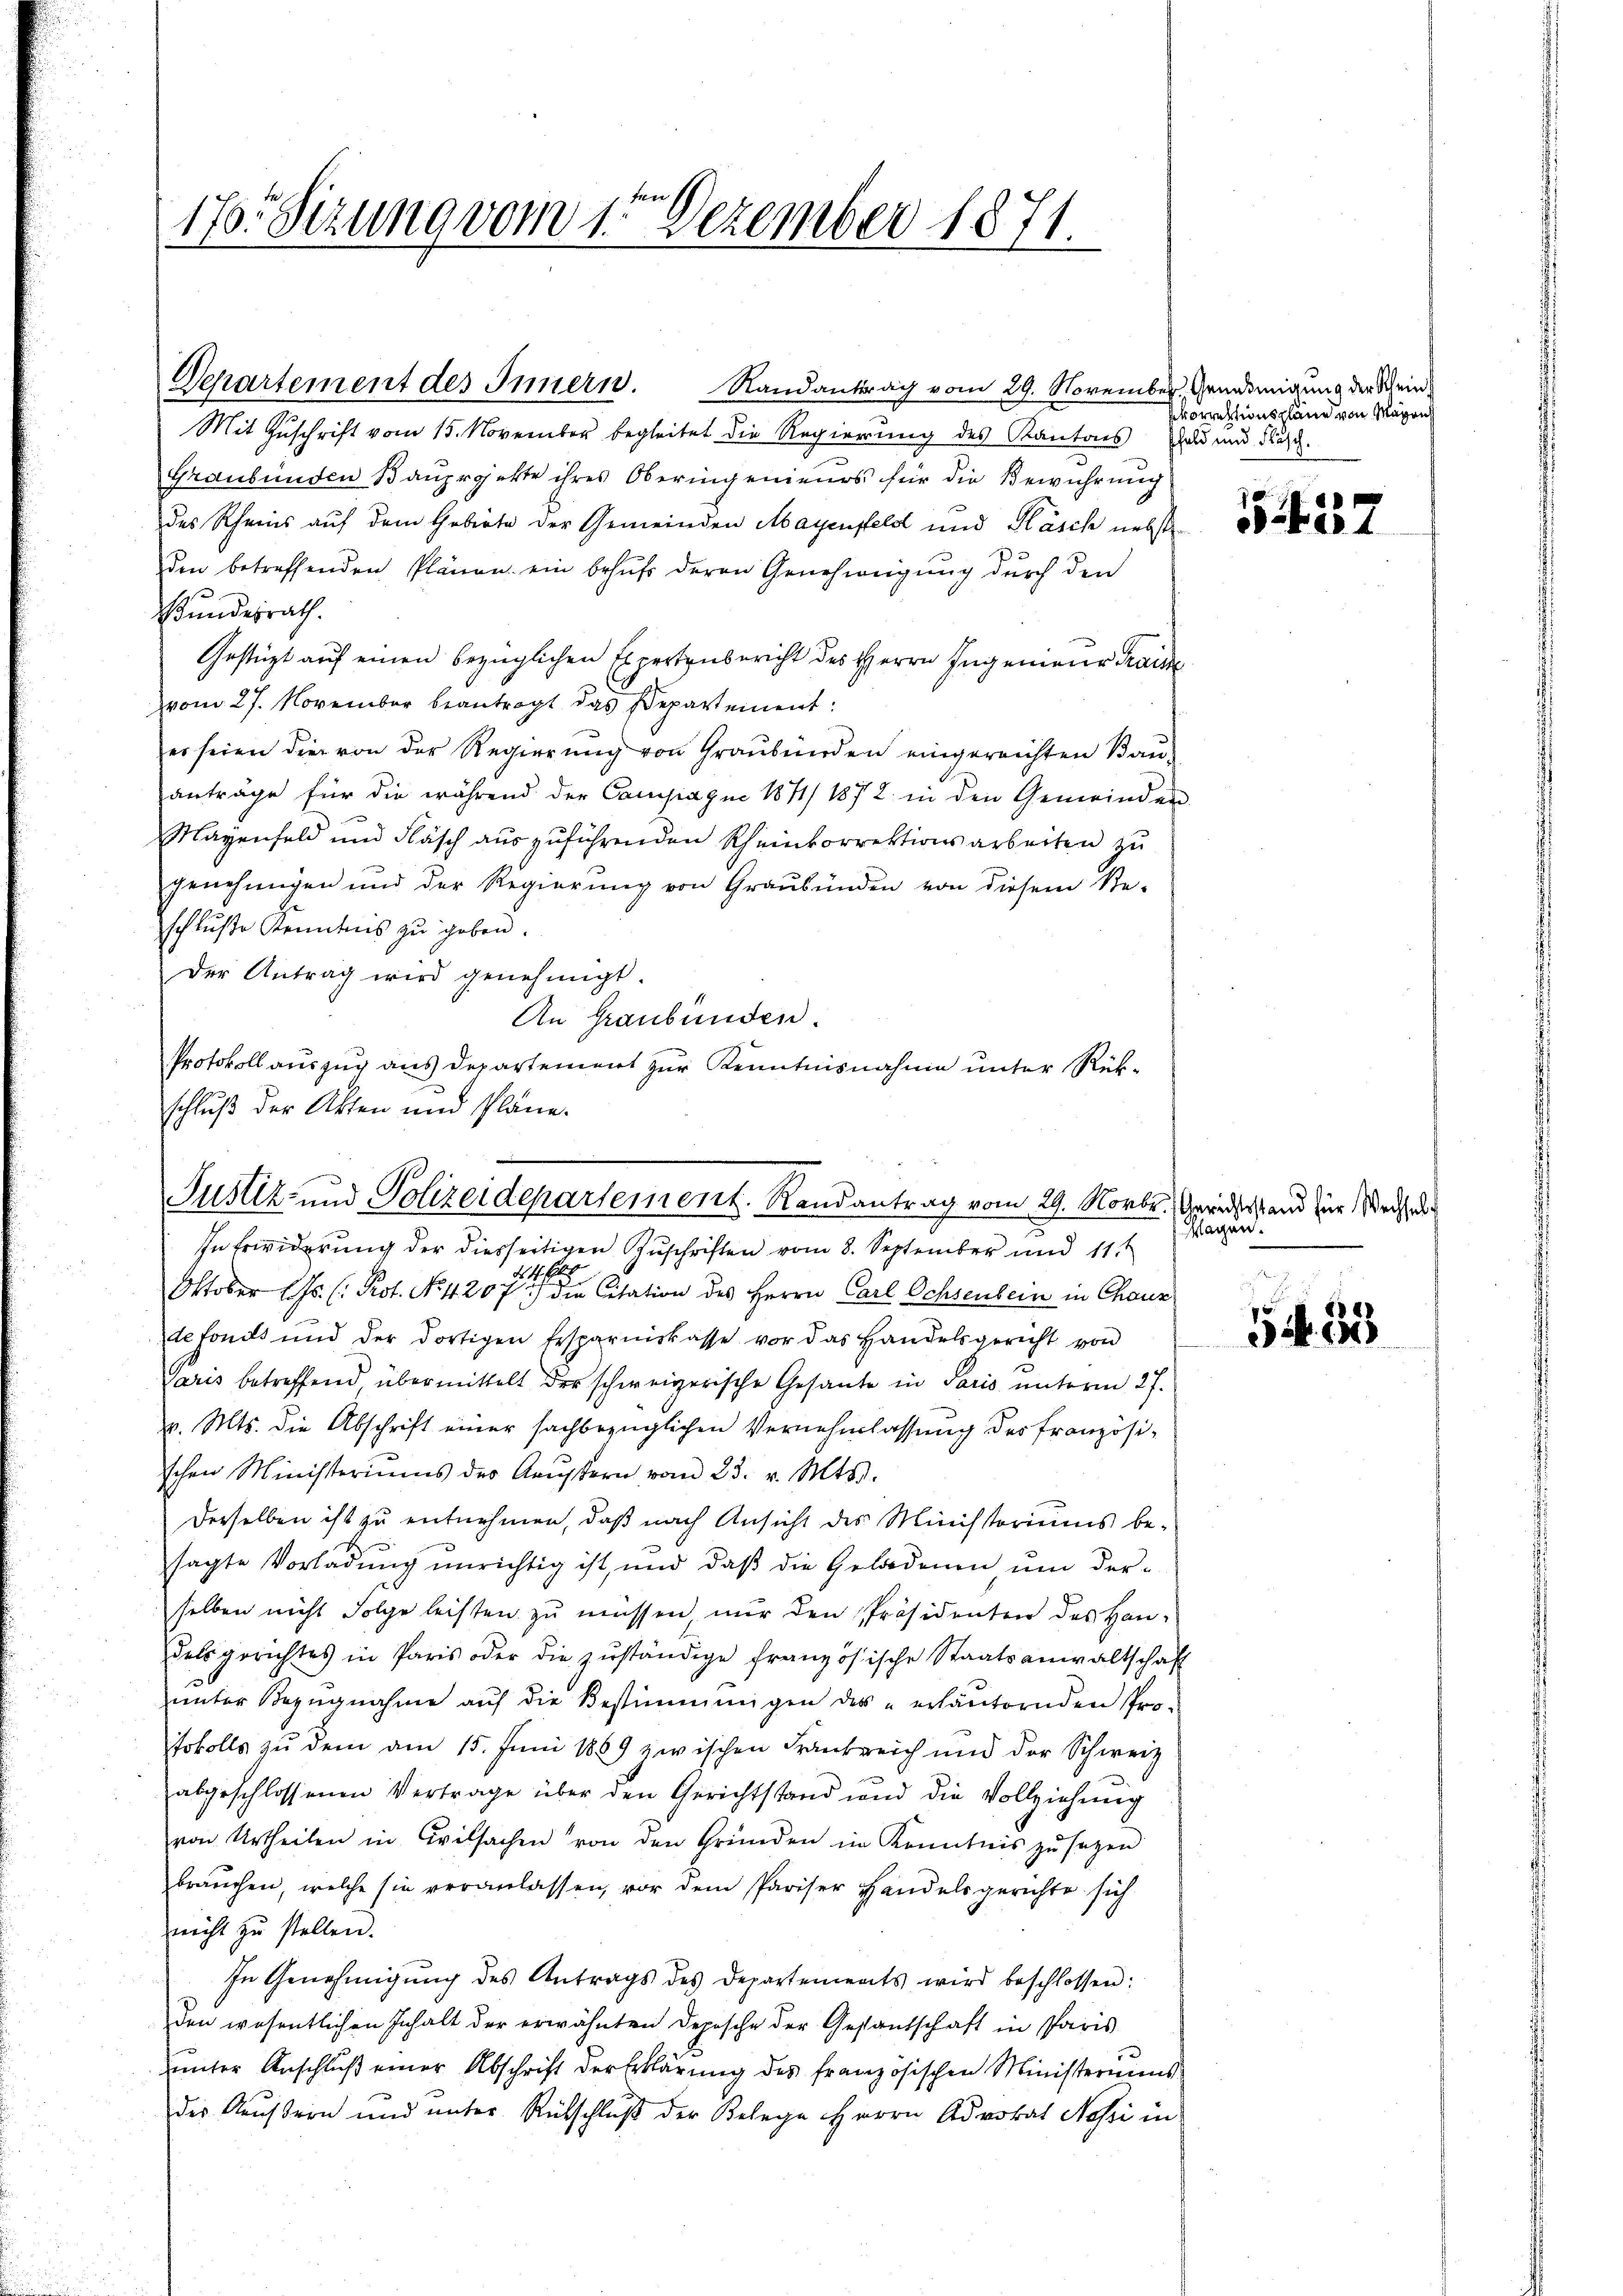
F
17. Sitzung vom 1. Dezember 1871.

Departement des Innern. Randantrag vom 29. November, Genehmigung der Wein¬
Mit Zuschrift vom 15. November begleitet die Regierung des Kantons zu und Fisch.
Graubünden Bauprojekte ihres Oberingenieurs für die Bewuhrung
des Rheins auf dem Geberte der Gemeinden Mayenfeld und Pläsch nebste
den betreffenden Plänen ein behŭfs deren Genehmigung durch den
Bundesrath.
Gestüzt auf einen bezüglichen Expertenbericht des Herrn Ingenieur Frais
vom 27. November beantragt das Departement:
er seien die von der Regierŭng von Graubünden eingereichten Baŭ-
anträge für die während der Campagni 1871/ 1872 in den Gemeinden
Mayenfeld und Fläsch auszuführenden Rheinkorrektionsarbeiten zu
genehmigen und der Regierung von Graubünden von diesem Re-
schluße Kenntnis zu geben.
der Antrag wird genehmigt.
An Graubünden.
Protokoll auszug aus Departement zur Kenntnisnahme unter Rükschluß der Akten und Pläne.

Justiz- und Polizeidepartement. Randantrag vom 29. Novbr., Gerichtstand für Wechs de

In Erwiderung der diesseitigen Zuschriften vom 8. September und 11
1
Oktober (s. (: Prot. No. 4207) die Citation des Herrn Carl Ochsenbein in Chaux-
defonds und der dortigen Ersparniskasse vor das Handelsgericht von
Paris betreffend, übermittelt der schweizerische Gesante in Paris unterm 27.
v. Mts. die Abschrift einer sachbezüglichen Vernehmlassung der Französischen Ministeriums des Aeussern vom 23. v. Mts.
Derselben ist zu entnehmen, daß nach Ansicht des Ministoriums be-
sagte Vorladung unrichtig ist, und daß die Geldenen um derselben nicht Folge leisten zu müssen nur den Präsidenten des Handelsgerichtes in Paris oder die zŭständige französische Staatsanwaltschaft
unter Bezŭgnahme aŭf die Bestimmungen des erläuternden Pro-
tokolls zu dem am 15. Juni 1889 zwischen Frankreich und der Schweiz
abgeschlossenen Vertrage über den Gerichtstand und die Vollziehung
von Urtheilen in Cilsachen von den Gründen im Kenntnis zu sagen
brauchen, welche sie veranlassen, vor dem Pariser Handelsgerichte sich
nicht zu stellen.
In Genehmigung des Antrags des Departements wird beschlossen:
den wesentlichen Inhalt der erwähnten Depesche der Gestantschaft in Paris
ŭnter Anschlŭβ einer Abschrift der Erklärŭng des französischen Ministeriums
des Aeußern und unter Rückschluß der Belege Herrn Advokat Nessi in

vorrektionspläne von Magen

S.437

Mägen.

54. 18